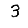
Digit: 3